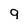
Character: 9